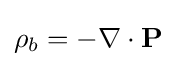
\rho _{b}=-\nabla \cdot \mathbf {P}